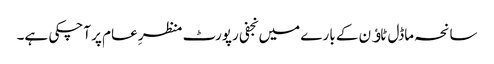
سانحہ ماڈل ٹاﺅن کے بارے میں نجفی رپورٹ منظرِ عام پر آچکی ہے۔